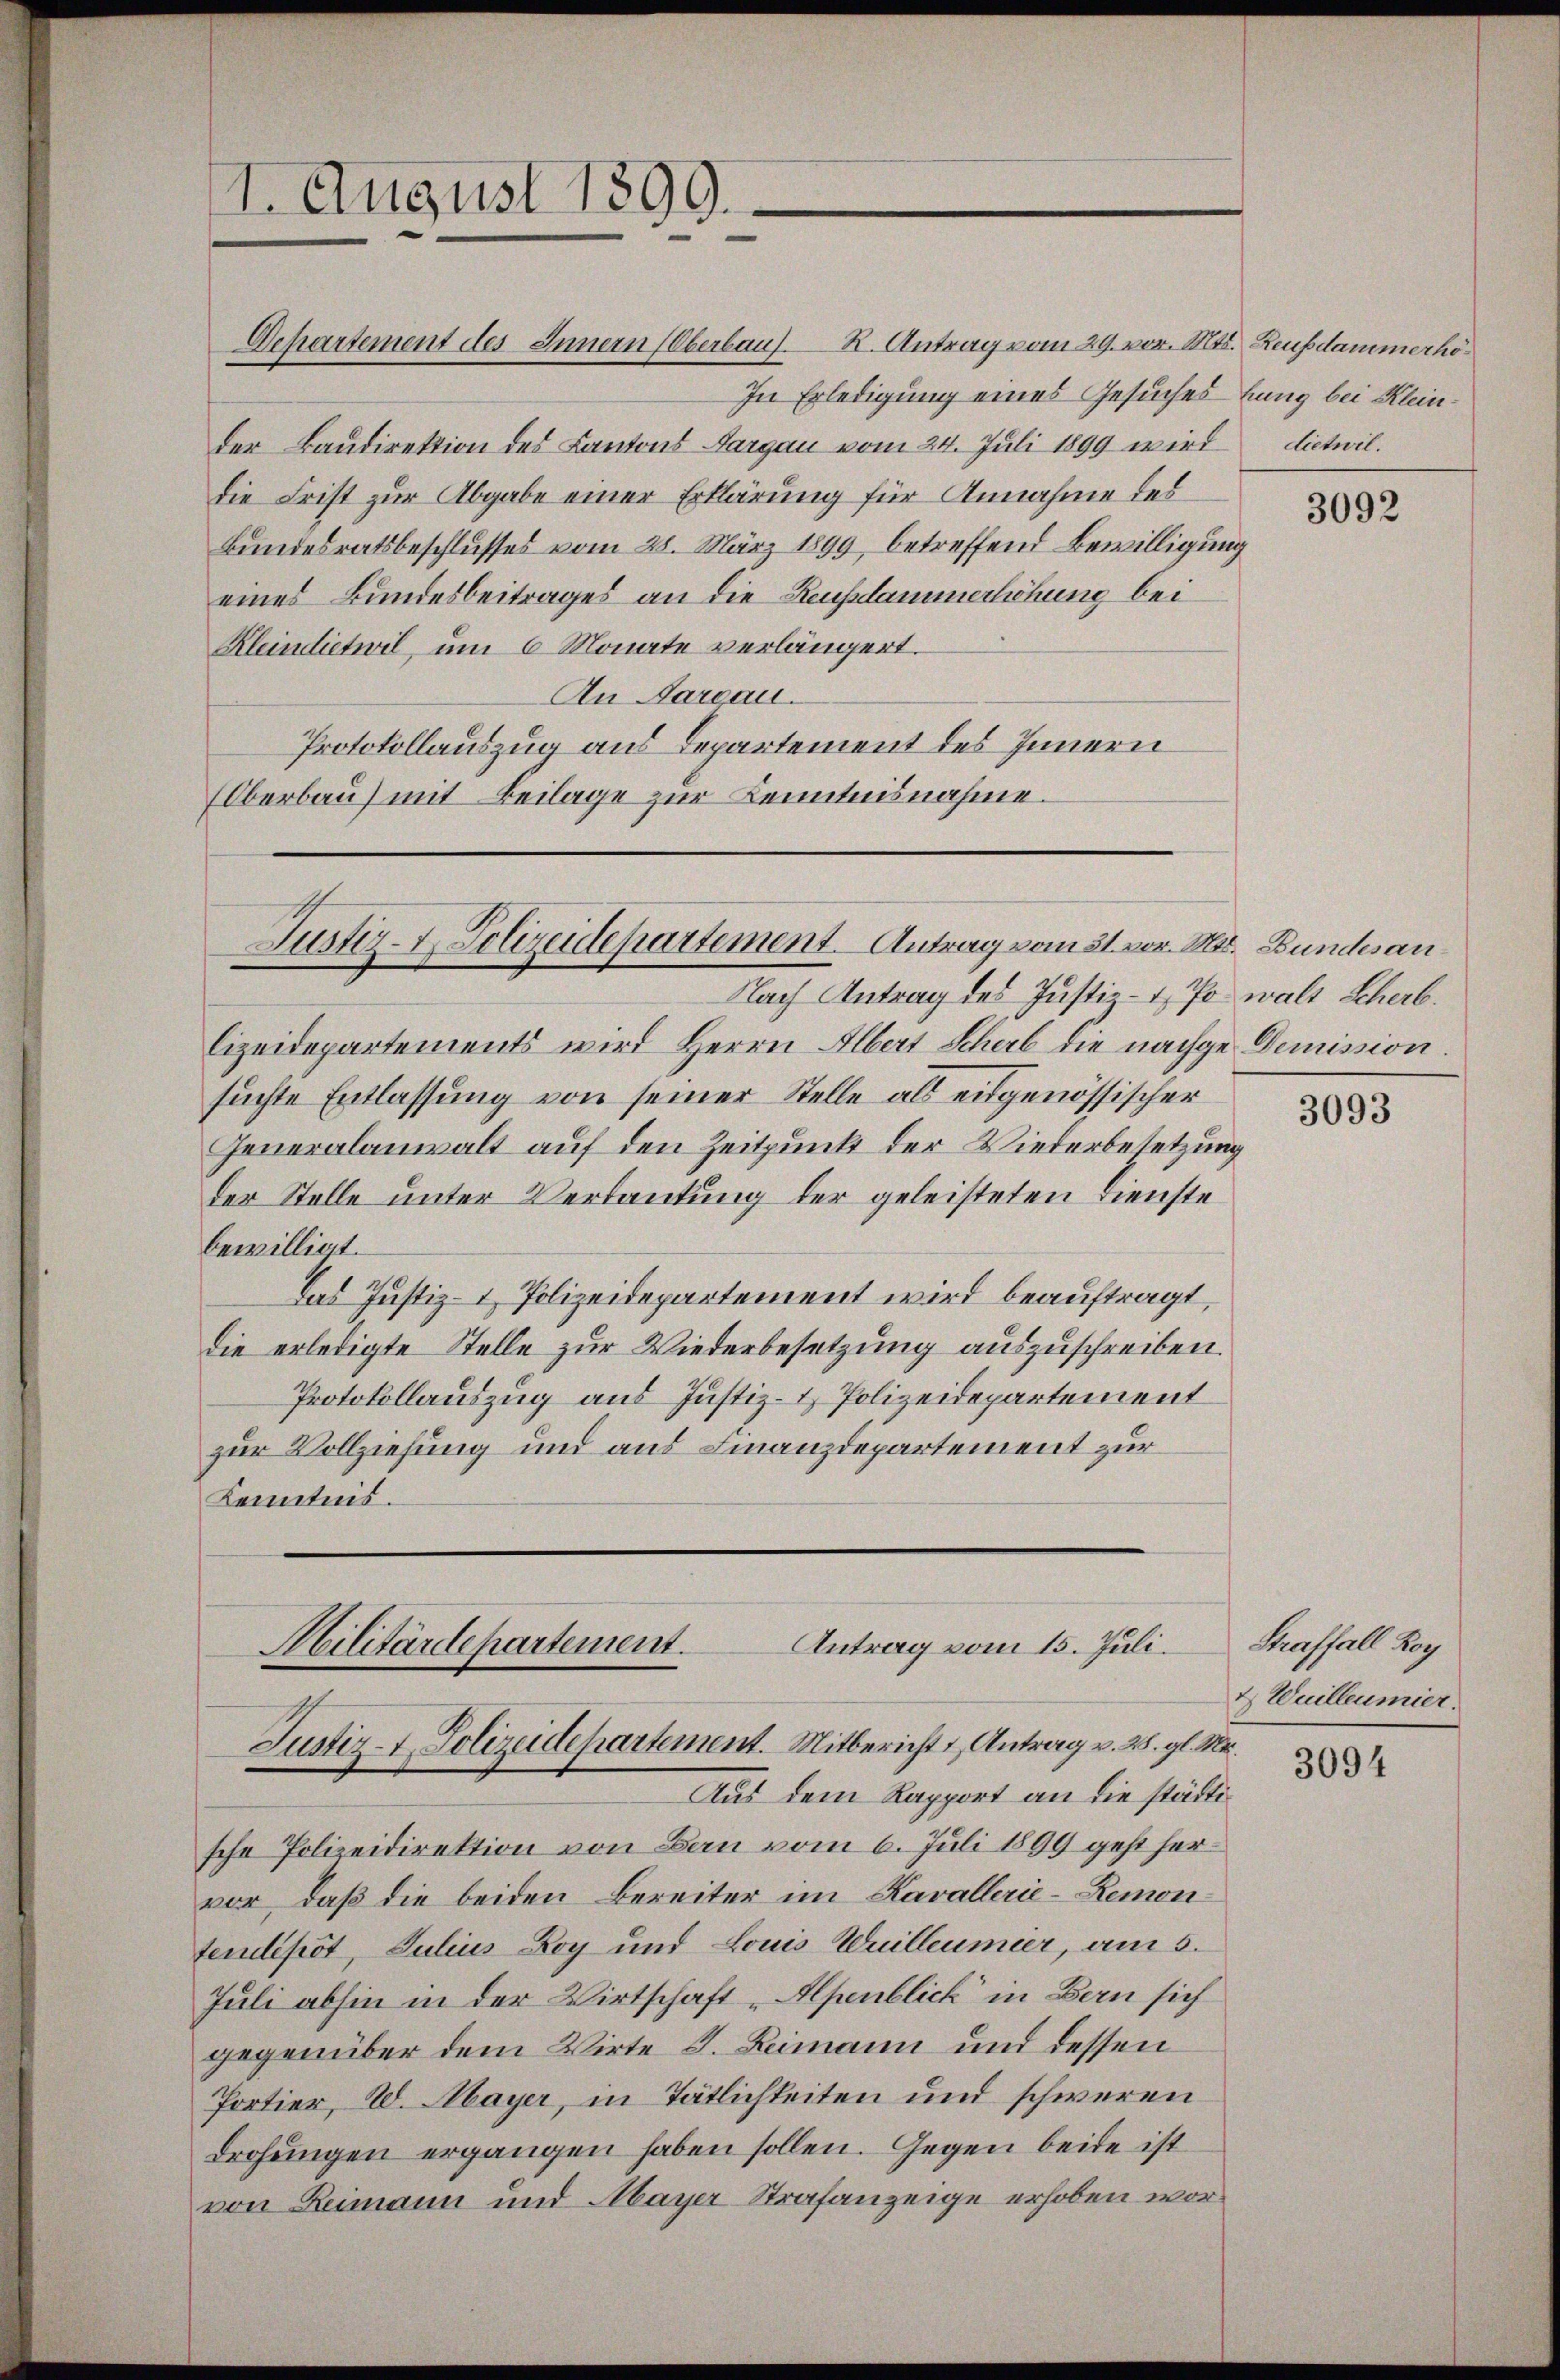
1. August 1899.

Separtement des Innern (Oberbaus K. Antrag vom 29. vor. Mts. Reufdammerhö¬
In Erledigung eines Gesuches hung bei Kleinder Baudirektion des Kantons Aargau vom 24. Juli 1899 wird
die Frist zur Abgabe einer Erklärung für Annahme des
Bundesratsbeschlusses vom 28. März 1899, betreffend Bewilligung
eines Bundesbeitrages an die Reusammerhöhung bei
Kleindietwil, um 6 Monate verlängert.
An Aargau.
Protokollauszug aus Departement des Innern
Oberbau) mit Beilage zur Kenntnisnahme.

Justiz- & Polizeidepartement. Antrag vom 31. vor. Mts. Bundesan¬

Nach Antrag des Justiz- & Po walt Scherb.
lizeidepartements wird Herrn Albert Scherb die nachge Demission
suchte Entlassung von seiner Stelle als eidgenössischer
Generalanwalt auf den Zeitpunkt der Wiederbesetzung
der Stelle unter Verlautung der geleisteten Dienste
bewilligt.
Das Justiz- & Polizeidepartement wird beauftragt,
die erledigte Stelle zur Wiederbesetzung auszuschreiben.
Protokollauszug aus Justiz- & Polizeidepartement
zur Vollziehung und aus Finanzdepartement zur
Kenntnis.

Militärdepartement.
Antrag vom 15. Juli.
Justiz-t. Polizeidepartement. Mitbericht & Antrag v. 28. gl. M.
Aus dem Rapport an die städti¬

sche Polizeidirektion von Bau vom 6. Juli 1899 geht hervor, daß die beiden Bereiter im Kavallerie-Remon
tendipöt, Julius Roy und Louis Quilleumier, am 5.
Juli abhin in der Wirtschaft „Alpenblick in Bern sich
gegenüber dem Wirte I. Reimann und dessen
Portier, W. Mayer, in Tätlichkeiten und schweren
drohungen ergangen haben sollen. Gegen beide ist
von Reimann und Mayer Strafanzeige erhoben wor¬

dietwil.

3092

3093

Straffall Roy
4 Wuilleumier.

3094